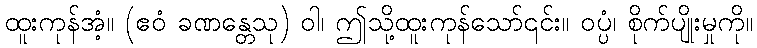
ထူးကုန်အံ့။ (ဧဝံ ခဏန္တေသု) ဝါ၊ ဤသို့ထူးကုန်သော်၎င်း။ ဝပ္ပံ၊ စိုက်ပျိုးမှုကို။